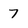
Character: 7